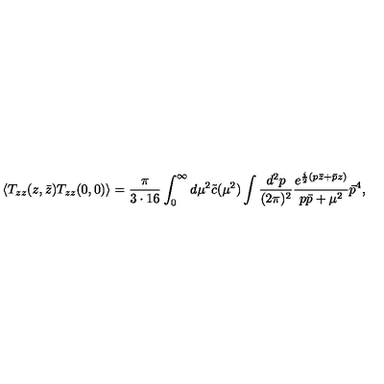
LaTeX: \langle T _ { z z } ( z , \bar { z } ) T _ { z z } ( 0 , 0 ) \rangle = \frac { \pi } { 3 \cdot 1 6 } \int _ { 0 } ^ { \infty } d \mu ^ { 2 } \tilde { c } ( \mu ^ { 2 } ) \int \frac { d ^ { 2 } p } { ( 2 \pi ) ^ { 2 } } \frac { e ^ { \frac { i } { 2 } ( p \bar { z } + \bar { p } z ) } } { p \bar { p } + \mu ^ { 2 } } \bar { p } ^ { 4 } ,